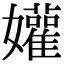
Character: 孉